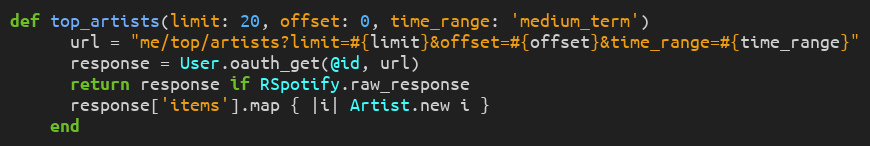
Language: Ruby
def top_artists(limit: 20, offset: 0, time_range: 'medium_term')
      url = "me/top/artists?limit=#{limit}&offset=#{offset}&time_range=#{time_range}"
      response = User.oauth_get(@id, url)
      return response if RSpotify.raw_response
      response['items'].map { |i| Artist.new i }
    end